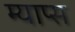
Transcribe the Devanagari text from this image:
म्याप्स